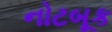
નોટબૂક